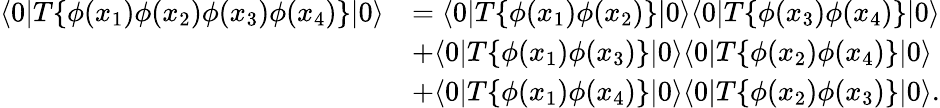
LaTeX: {\begin{array}{rl}{\langle 0|T\{ \phi(x_{1})\phi(x_{2})\phi(x_{3})\phi(x_{4})\} |0\rangle}&{=\langle 0|T\{ \phi(x_{1})\phi(x_{2})\} |0\rangle\langle 0|T\{ \phi(x_{3})\phi(x_{4})\} |0\rangle}\\ &{+\langle 0|T\{ \phi(x_{1})\phi(x_{3})\} |0\rangle\langle 0|T\{ \phi(x_{2})\phi(x_{4})\} |0\rangle}\\ &{+\langle 0|T\{ \phi(x_{1})\phi(x_{4})\} |0\rangle\langle 0|T\{ \phi(x_{2})\phi(x_{3})\} |0\rangle.}\end{array}}